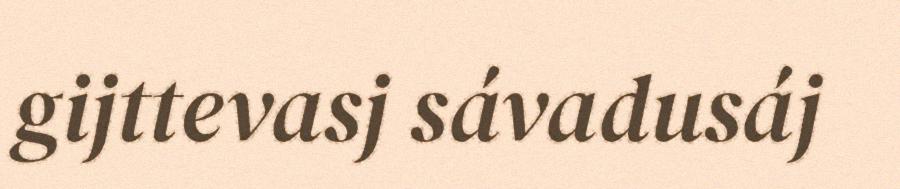
gijttevasj sávadusáj